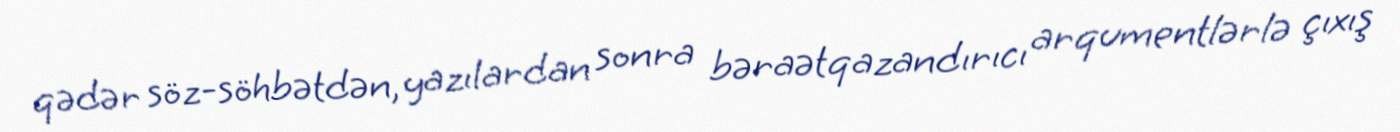
qədər söz-söhbətdən, yazılardan sonra bəraətqazandırıcı arqumentlərlə çıxış